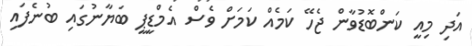
އަދި މިއީ ކަންބޮޑުވާން ޖެހޭ ކަމެއް ކަމަށް ވެސް އެމްޑީޕީ ބަޔާނުގައި ބުނެފައި